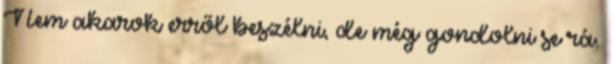
Nem akarok erről beszélni, de még gondolni se rá.